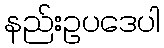
နည်းဥပဒေပါ